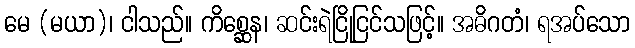
မေ (မယာ)၊ ငါသည်။ ကိစ္ဆေန၊ ဆင်းရဲငြိုငြင်သဖြင့်။ အဓိဂတံ၊ ရအပ်သော